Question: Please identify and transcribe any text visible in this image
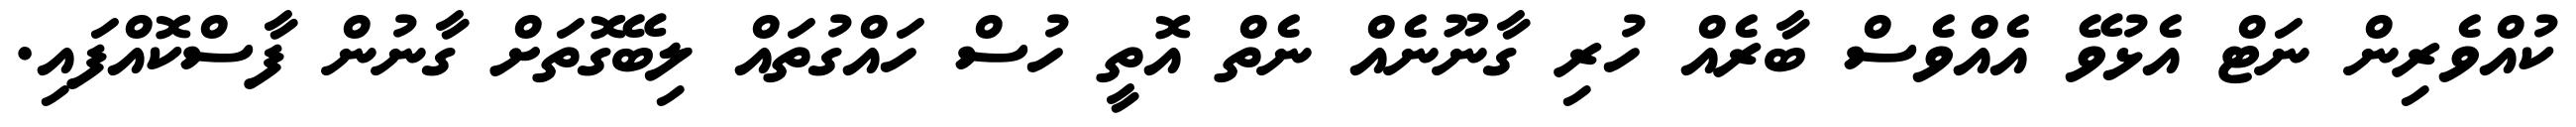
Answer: ކުއްވެރިން ނަޓް އެޅުވޭ އެއްވެސް ބާރެއް ހުރި ގާނޫނެއް ނެތް އޮތީ ހުސް ހައްގުތައް ލިބޭގޮތަށް ގާނުން ފާސްކޮއްފައި.